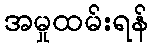
အမှုထမ်းရန်